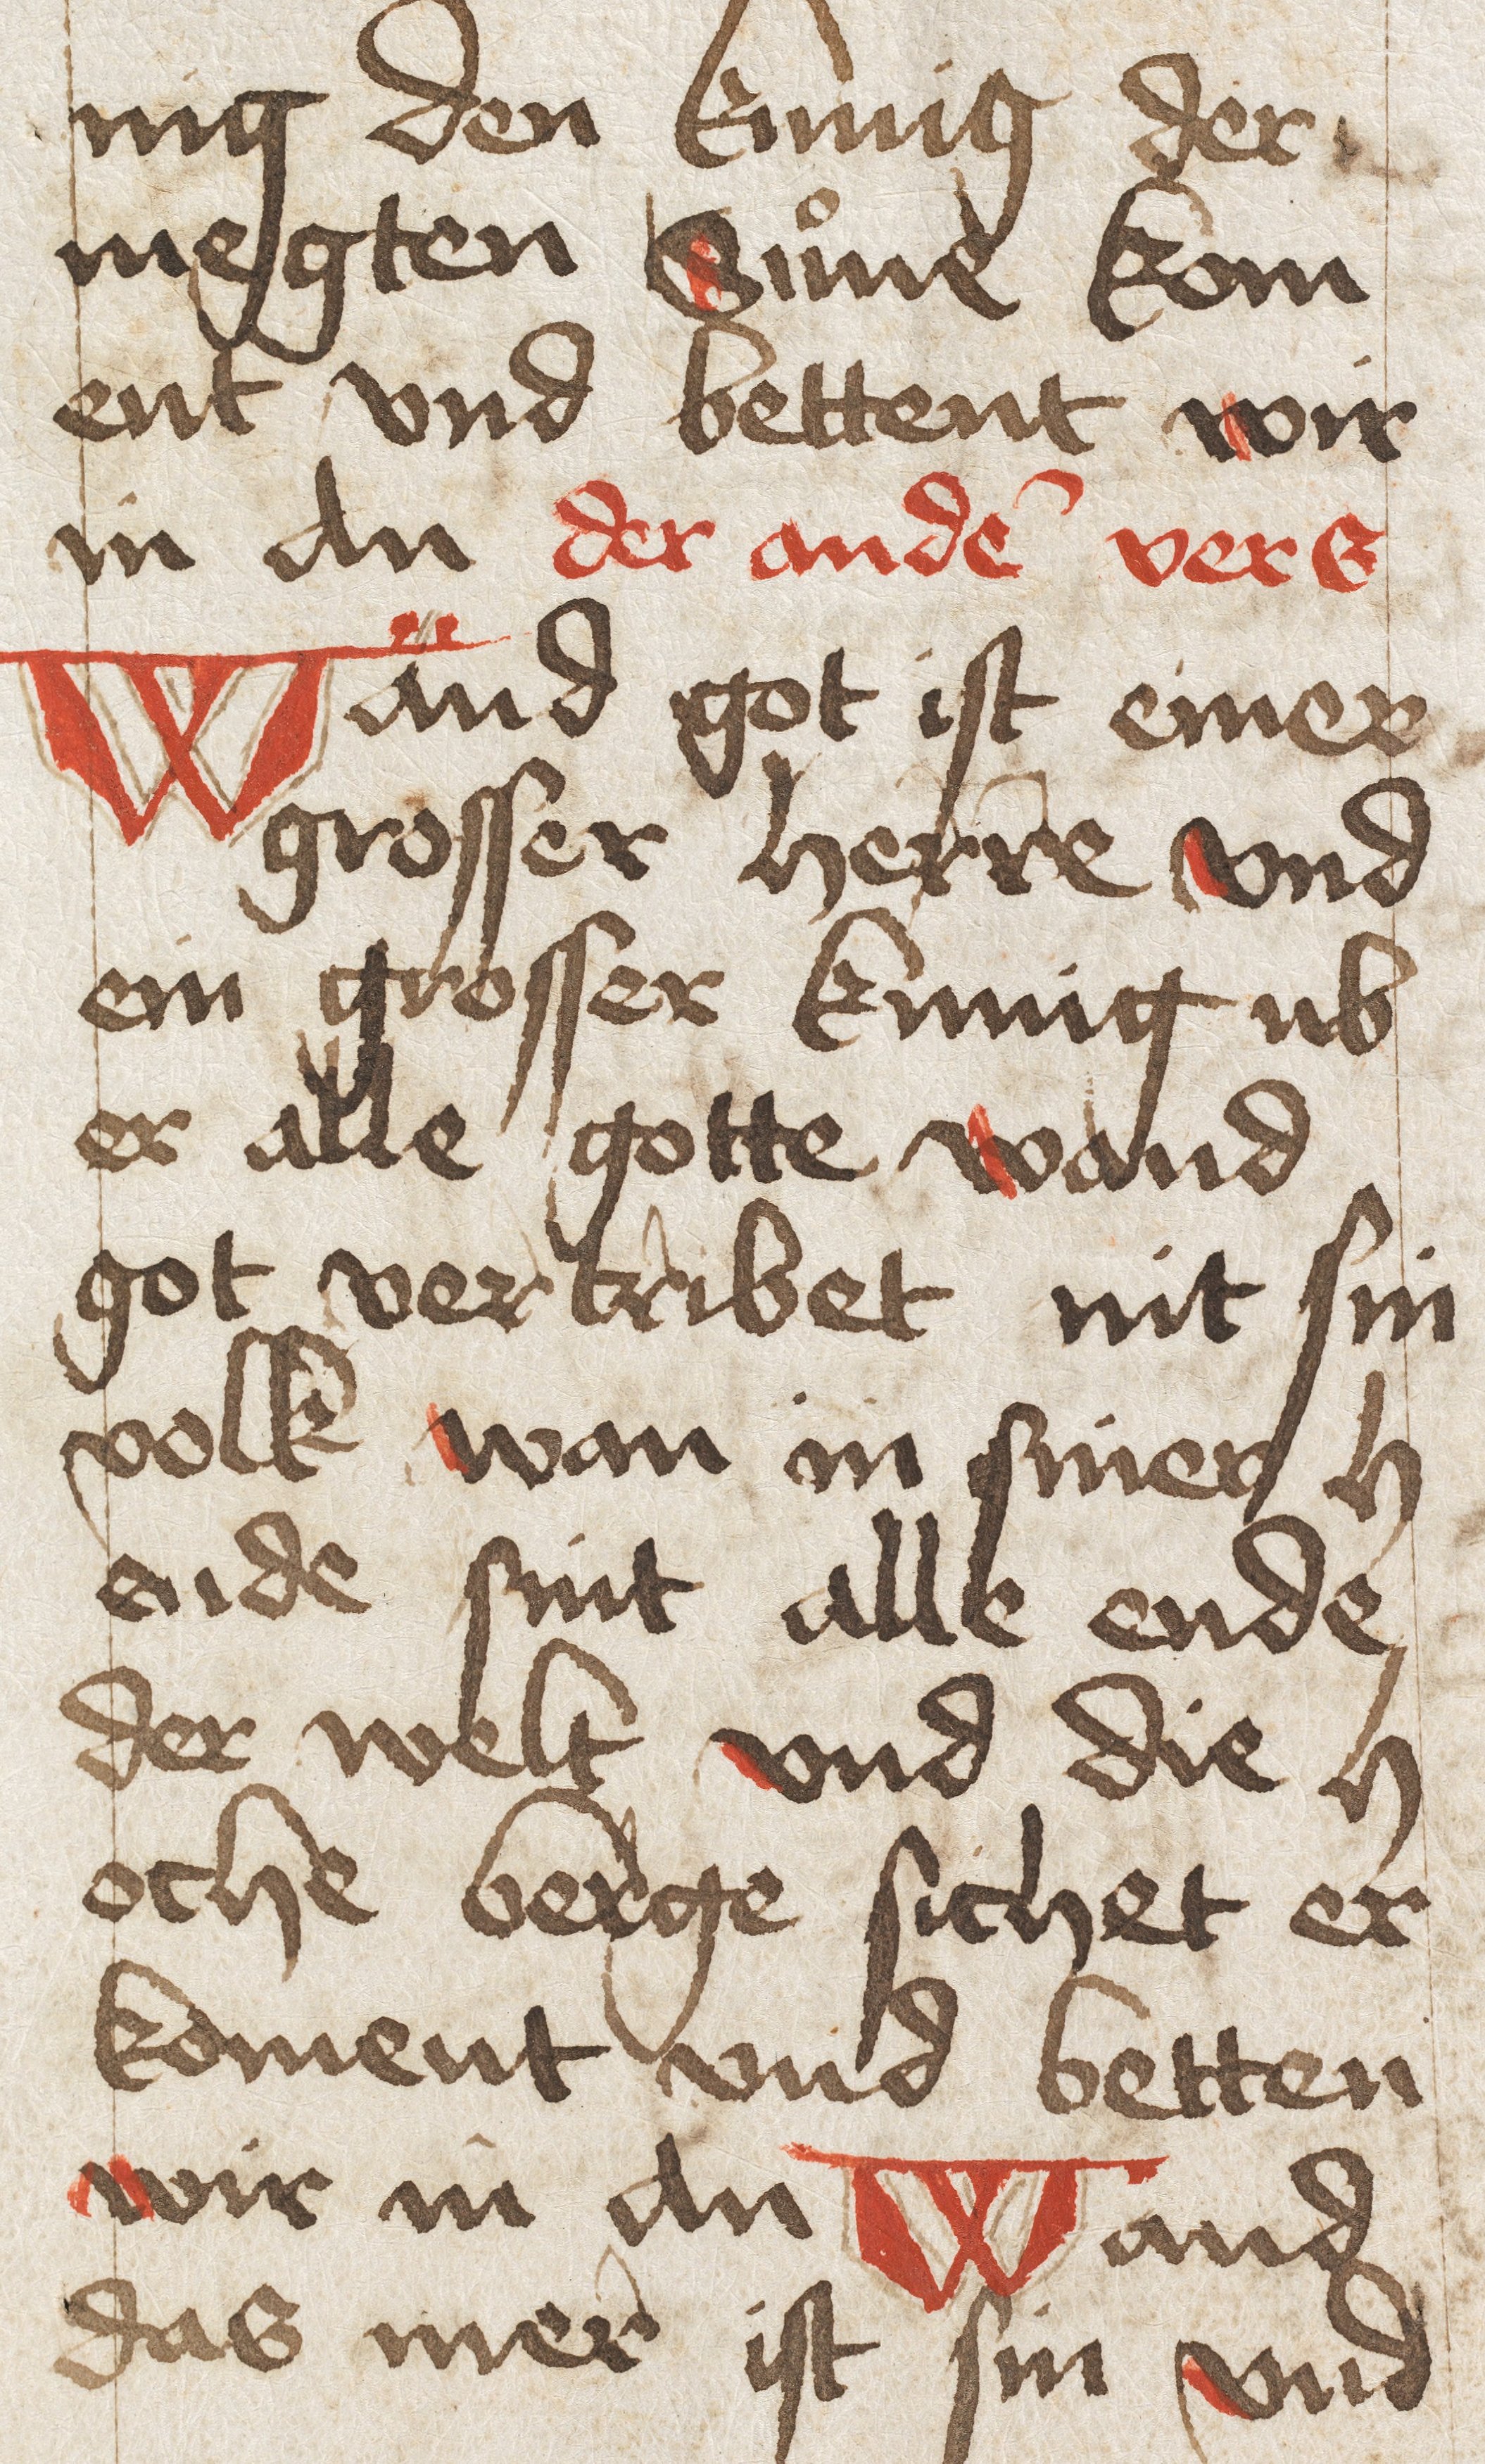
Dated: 1450–1499